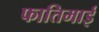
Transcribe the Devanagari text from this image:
फातिमाई